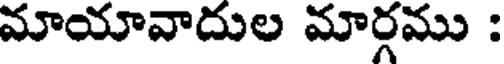
మాయావాదుల మార్గము :